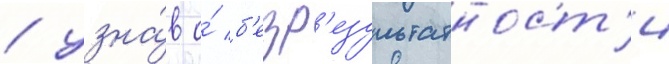
/ узна́в о́ б'езр'езультатност'и